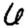
Digit: 6